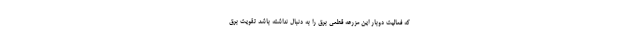
که فعالیت دوبار این مزرعه قطعی برق را به دنبال نداشته باشد تقویت برق